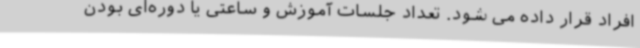
افراد قرار داده می شود. تعداد جلسات آموزش و ساعتی یا دوره‌ای بودن